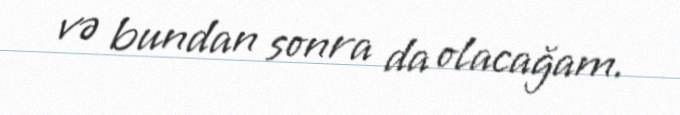
və bundan sonra da olacağam.